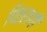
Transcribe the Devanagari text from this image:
पितराणी